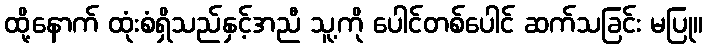
ထို့နောက် ထုံးစံရှိသည်နှင့်အညီ သူ့ကို ပေါင်တစ်ပေါင် ဆက်သခြင်း မပြု။